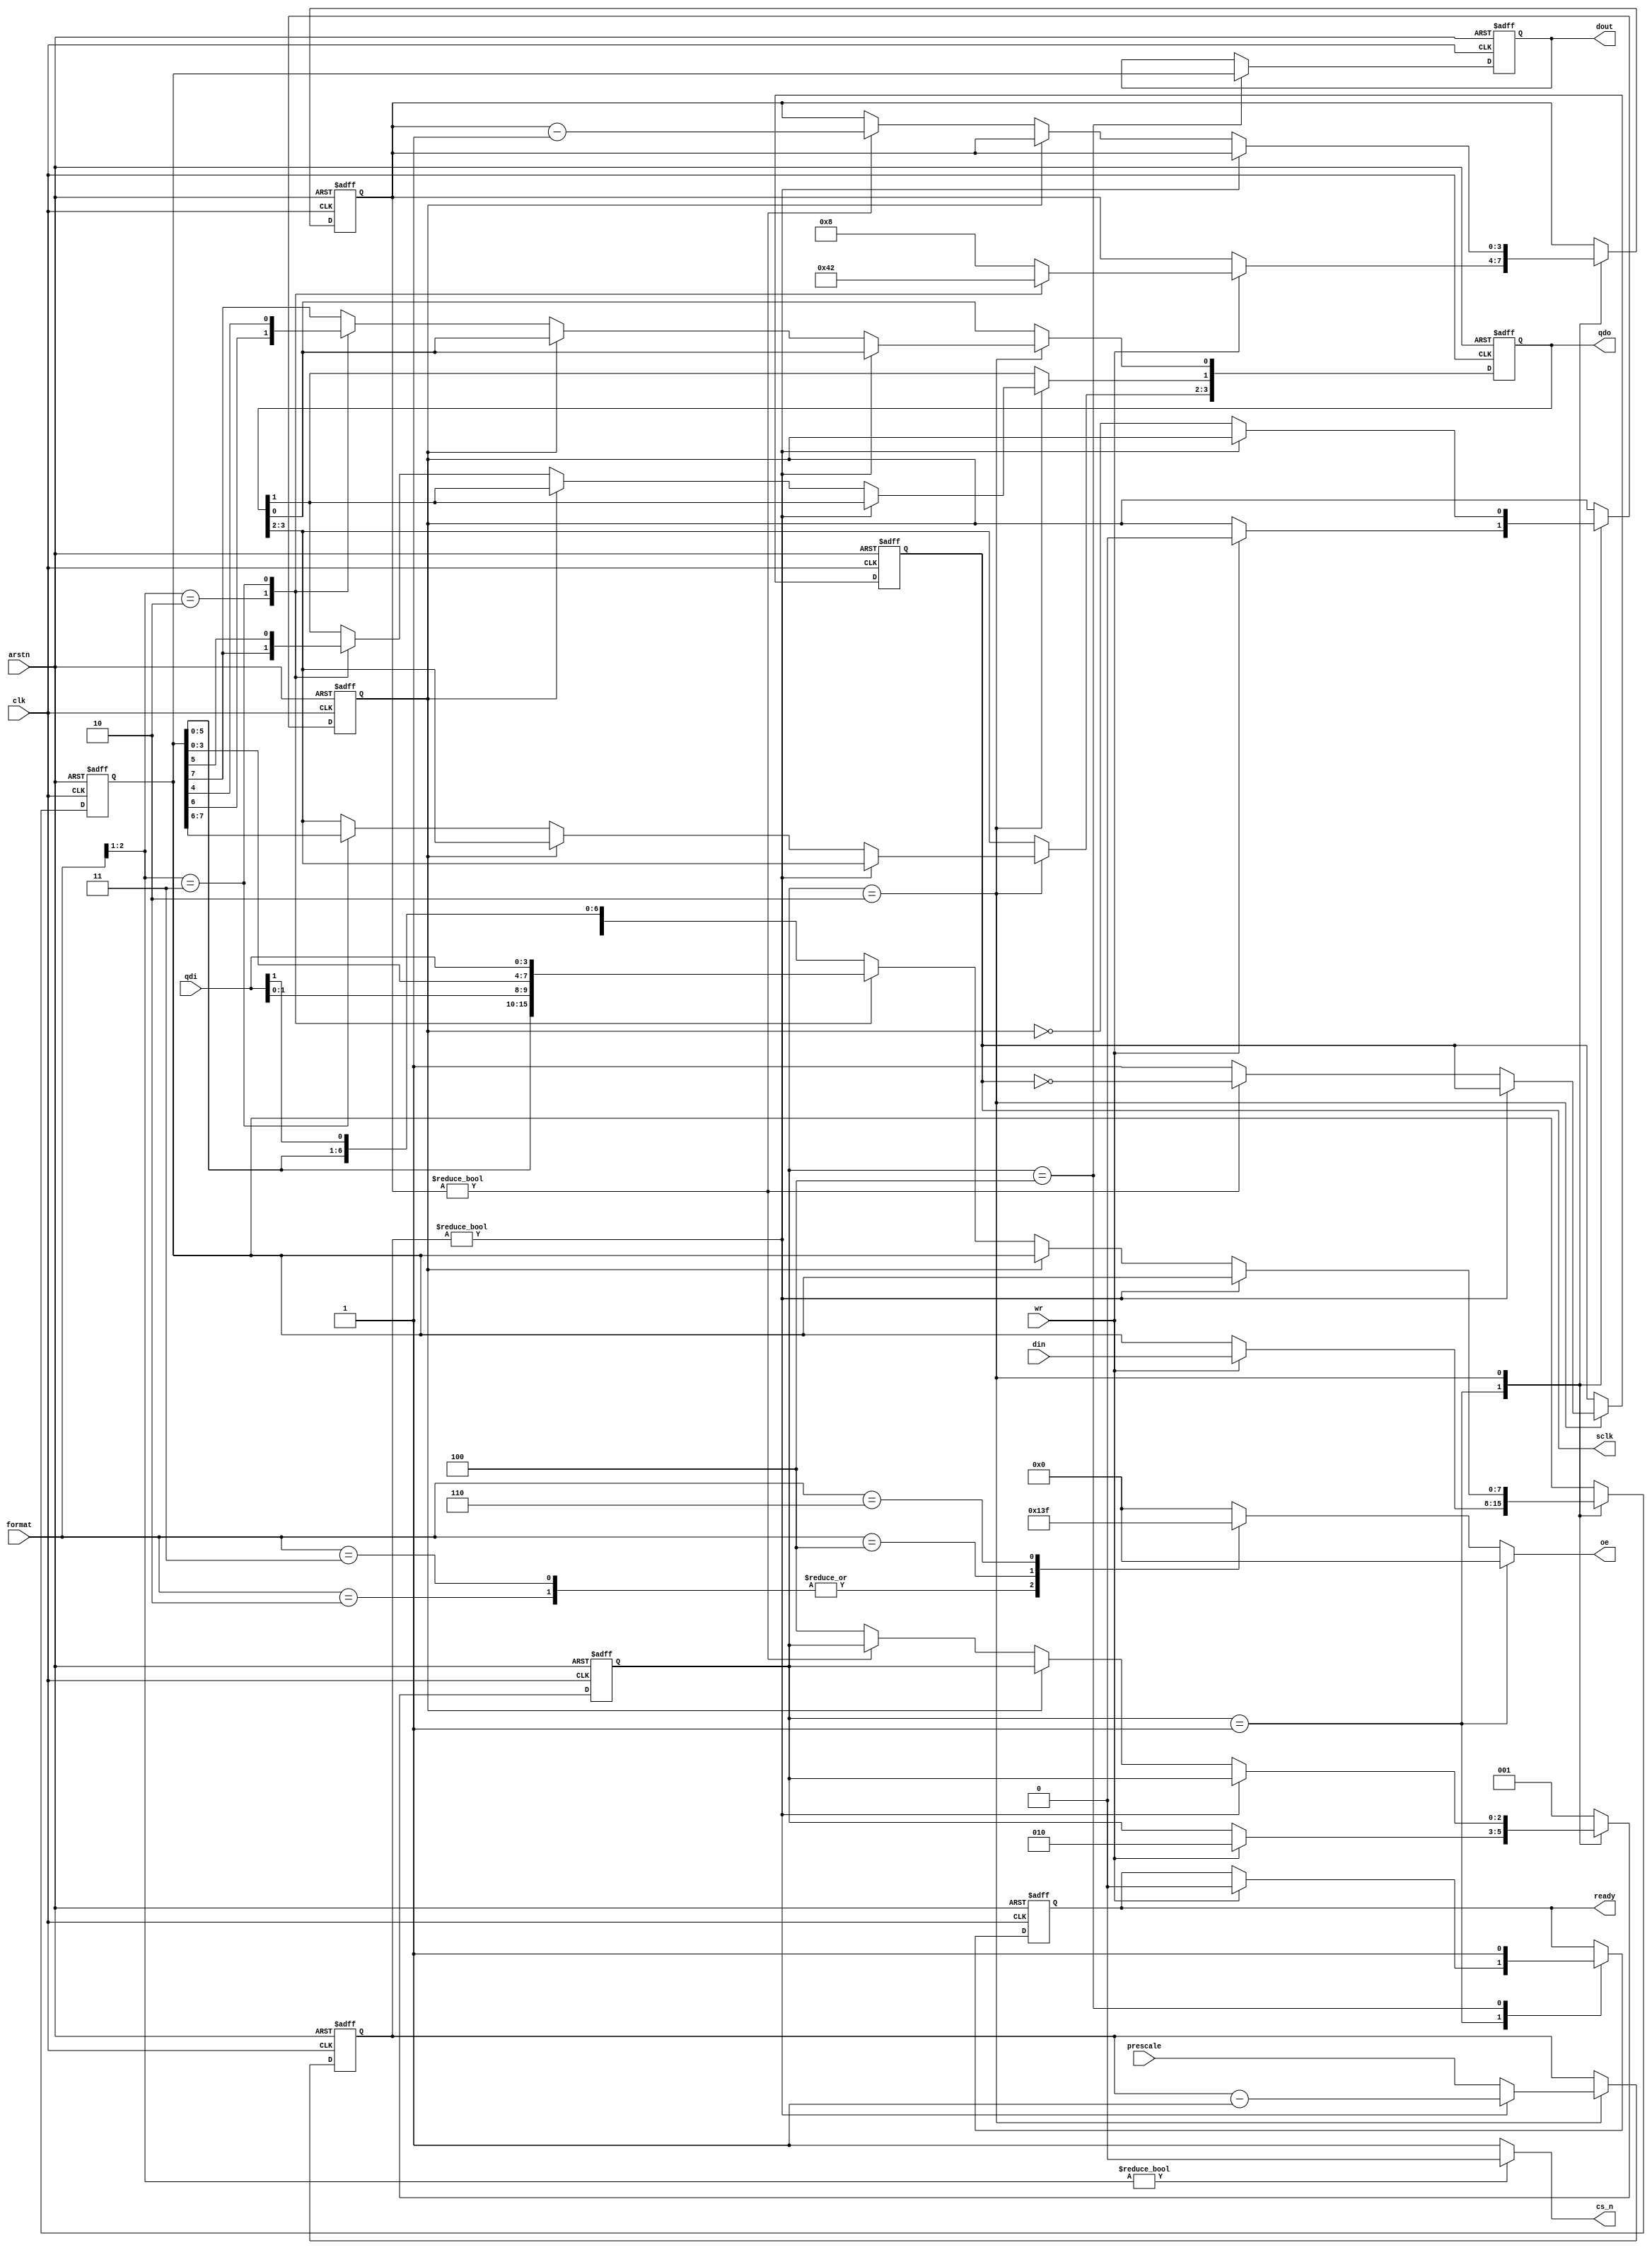
// SPI flash interface                                          10/2/2020 BNE
// License: This code is a gift to mankind and is dedicated to peace on Earth.

module sflash
(
  input wire          clk,
  input wire          arstn,            // async reset
// Flash Memory interface to spif
  output reg          ready,            // Ready for next byte to send
  input wire          wr,               // Flash transmit strobe
  input wire  [7:0]   din,              // Flash transmit data
  input wire  [2:0]   format,           // Flash format
  input wire  [3:0]   prescale,         // Flash configuration setup
  output reg  [7:0]   dout,             // Flash received data
// SPI 6-wire connection
  output reg          sclk,             // Freq = Fclk / (2 * (prescale + 1))
  output wire         cs_n,
  input wire  [3:0]   qdi,
  output reg  [3:0]   qdo,
  output reg  [3:0]   oe                // output enable for qdo
);

// The 4-bit prescale value allows for a divisor of 2 to 32 on SCLK.
// for a 50 MHz SPI clock, the maximum module clock is 1.6 GHz.

// format is the bus format of the SPI:
// 00x = inactive (CS# = '1')
// 01x = single data rate send and receive
// 100 = dual data rate send
// 101 = dual data rate receive
// 110 = quad data rate send
// 111 = quad data rate receive

  assign cs_n = (format[2:1]) ? 1'b0 : 1'b1;

  reg [2:0] state;
  localparam SPI_IDLE = 3'b001;
  localparam SPI_RUN  = 3'b010;
  localparam SPI_LAST = 3'b100;

// SPI chip pins, GD25Q16C datasheet:
// Standard SPI: SCLK, CS#, SI, SO, WP#, HOLD#
// Dual SPI: SCLK, CS#, IO0, IO1, WP#, HOLD#
// Quad SPI: SCLK, CS#, IO0, IO1, IO2, IO3

  always @* begin
    if (state == SPI_IDLE)
             oe = 4'b0000;
    else
    case (format) // {none, none, sdr, sdr, ddrT, ddrR, qdrT, qdrR}
    3'b010:  oe = 4'b0001;
    3'b011:  oe = 4'b0001;
    3'b100:  oe = 4'b0011;
    3'b110:  oe = 4'b1111;
    default: oe = 4'b0000;
    endcase
  end

  reg [3:0] divider;
  reg [7:0] sr;
  reg [3:0] count;
  reg       phase;

// Outgoing data to the SPI flash is clocked in on the rising edge.
// The controller shifts it out on the falling edge.
// Data from SPI flash clocks out on falling edge, GD25Q16C delay = 0.7 to 8 ns.
// Use SDC constraints to make sure the qdi input can tolerate 0.7ns hold time.
// SCLK starts high and ends high.
// sclk ----------__________----------__________----------__________----------
// qdi  ...........xxxxxxxddddddddddddddd.....................................
// sample qdi here: ------------------^
// qdo  ...........oooooooooooooooooooo.......................................
// register qdo:--^
//      SPI_IDLE  |  SPI_RUN

  always @(posedge clk or negedge arstn)
  if (!arstn) begin
    {divider, qdo, dout, sr, phase} <= 1'b0;
    {ready, sclk} <= 2'b11;  
    state <= SPI_IDLE;
    count <= 4'd8;
  end else
    case (state)
    SPI_IDLE:
      if (wr) begin
        sr <= din;
        ready <= 1'b0;
        phase <= 1'b0;
        case (format[2:1])
        2'b10:   count <= 4'd4;
        2'b11:   count <= 4'd2;
        default: count <= 4'd8;
        endcase
        state <= SPI_RUN;
      end
    SPI_RUN:
      begin
        if (divider)
          divider <= divider - 4'd1;
        else begin
          divider <= prescale;
          if (!phase) begin
            case (format[2:1])
            2'b10:   {qdo[1:0], sr} <= {sr, qdi[1:0]};
            2'b11:   {qdo, sr}      <= {sr, qdi};
            default: {qdo[0], sr}   <= {sr, qdi[1]};
            endcase
            if (count)
              count <= count - 3'd1;
            else
              state <= SPI_LAST;
          end
          if (count) sclk <= ~sclk;
          else sclk <= 1'b1;
          phase <= ~phase;
        end
      end
    SPI_LAST: begin
        state <= SPI_IDLE;
        dout <= sr;
        ready <= 1'b1;
      end
    default:
      state <= SPI_IDLE;
    endcase

endmodule